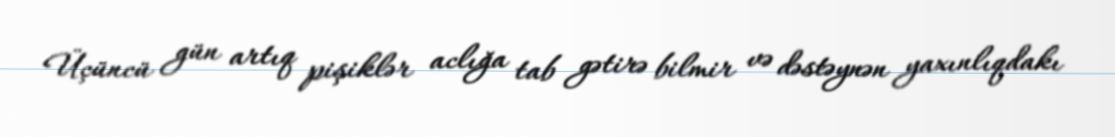
Üçüncü gün artıq pişiklər aclığa tab gətirə bilmir və dəstəynən yaxınlıqdakı